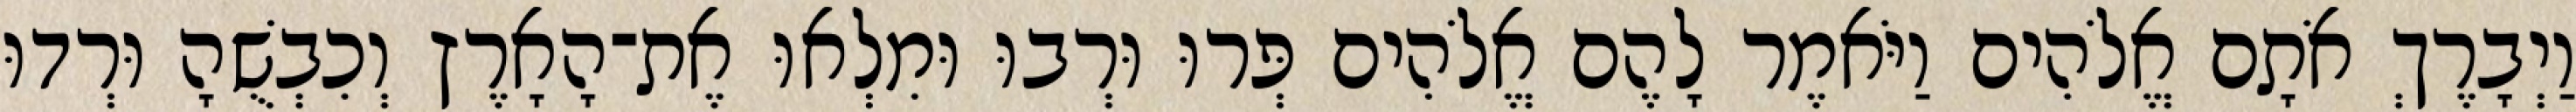
וַיְבָרֶךְ אֹתָם אֱלֹהִים וַיֹּאמֶר לָהֶם אֱלֹהִים פְּרוּ וּרְבוּ וּמִלְאוּ אֶת־הָאָרֶץ וְכִבְשֻׁהָ וּרְדוּ